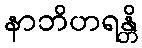
နာဘိဟရန္တိ